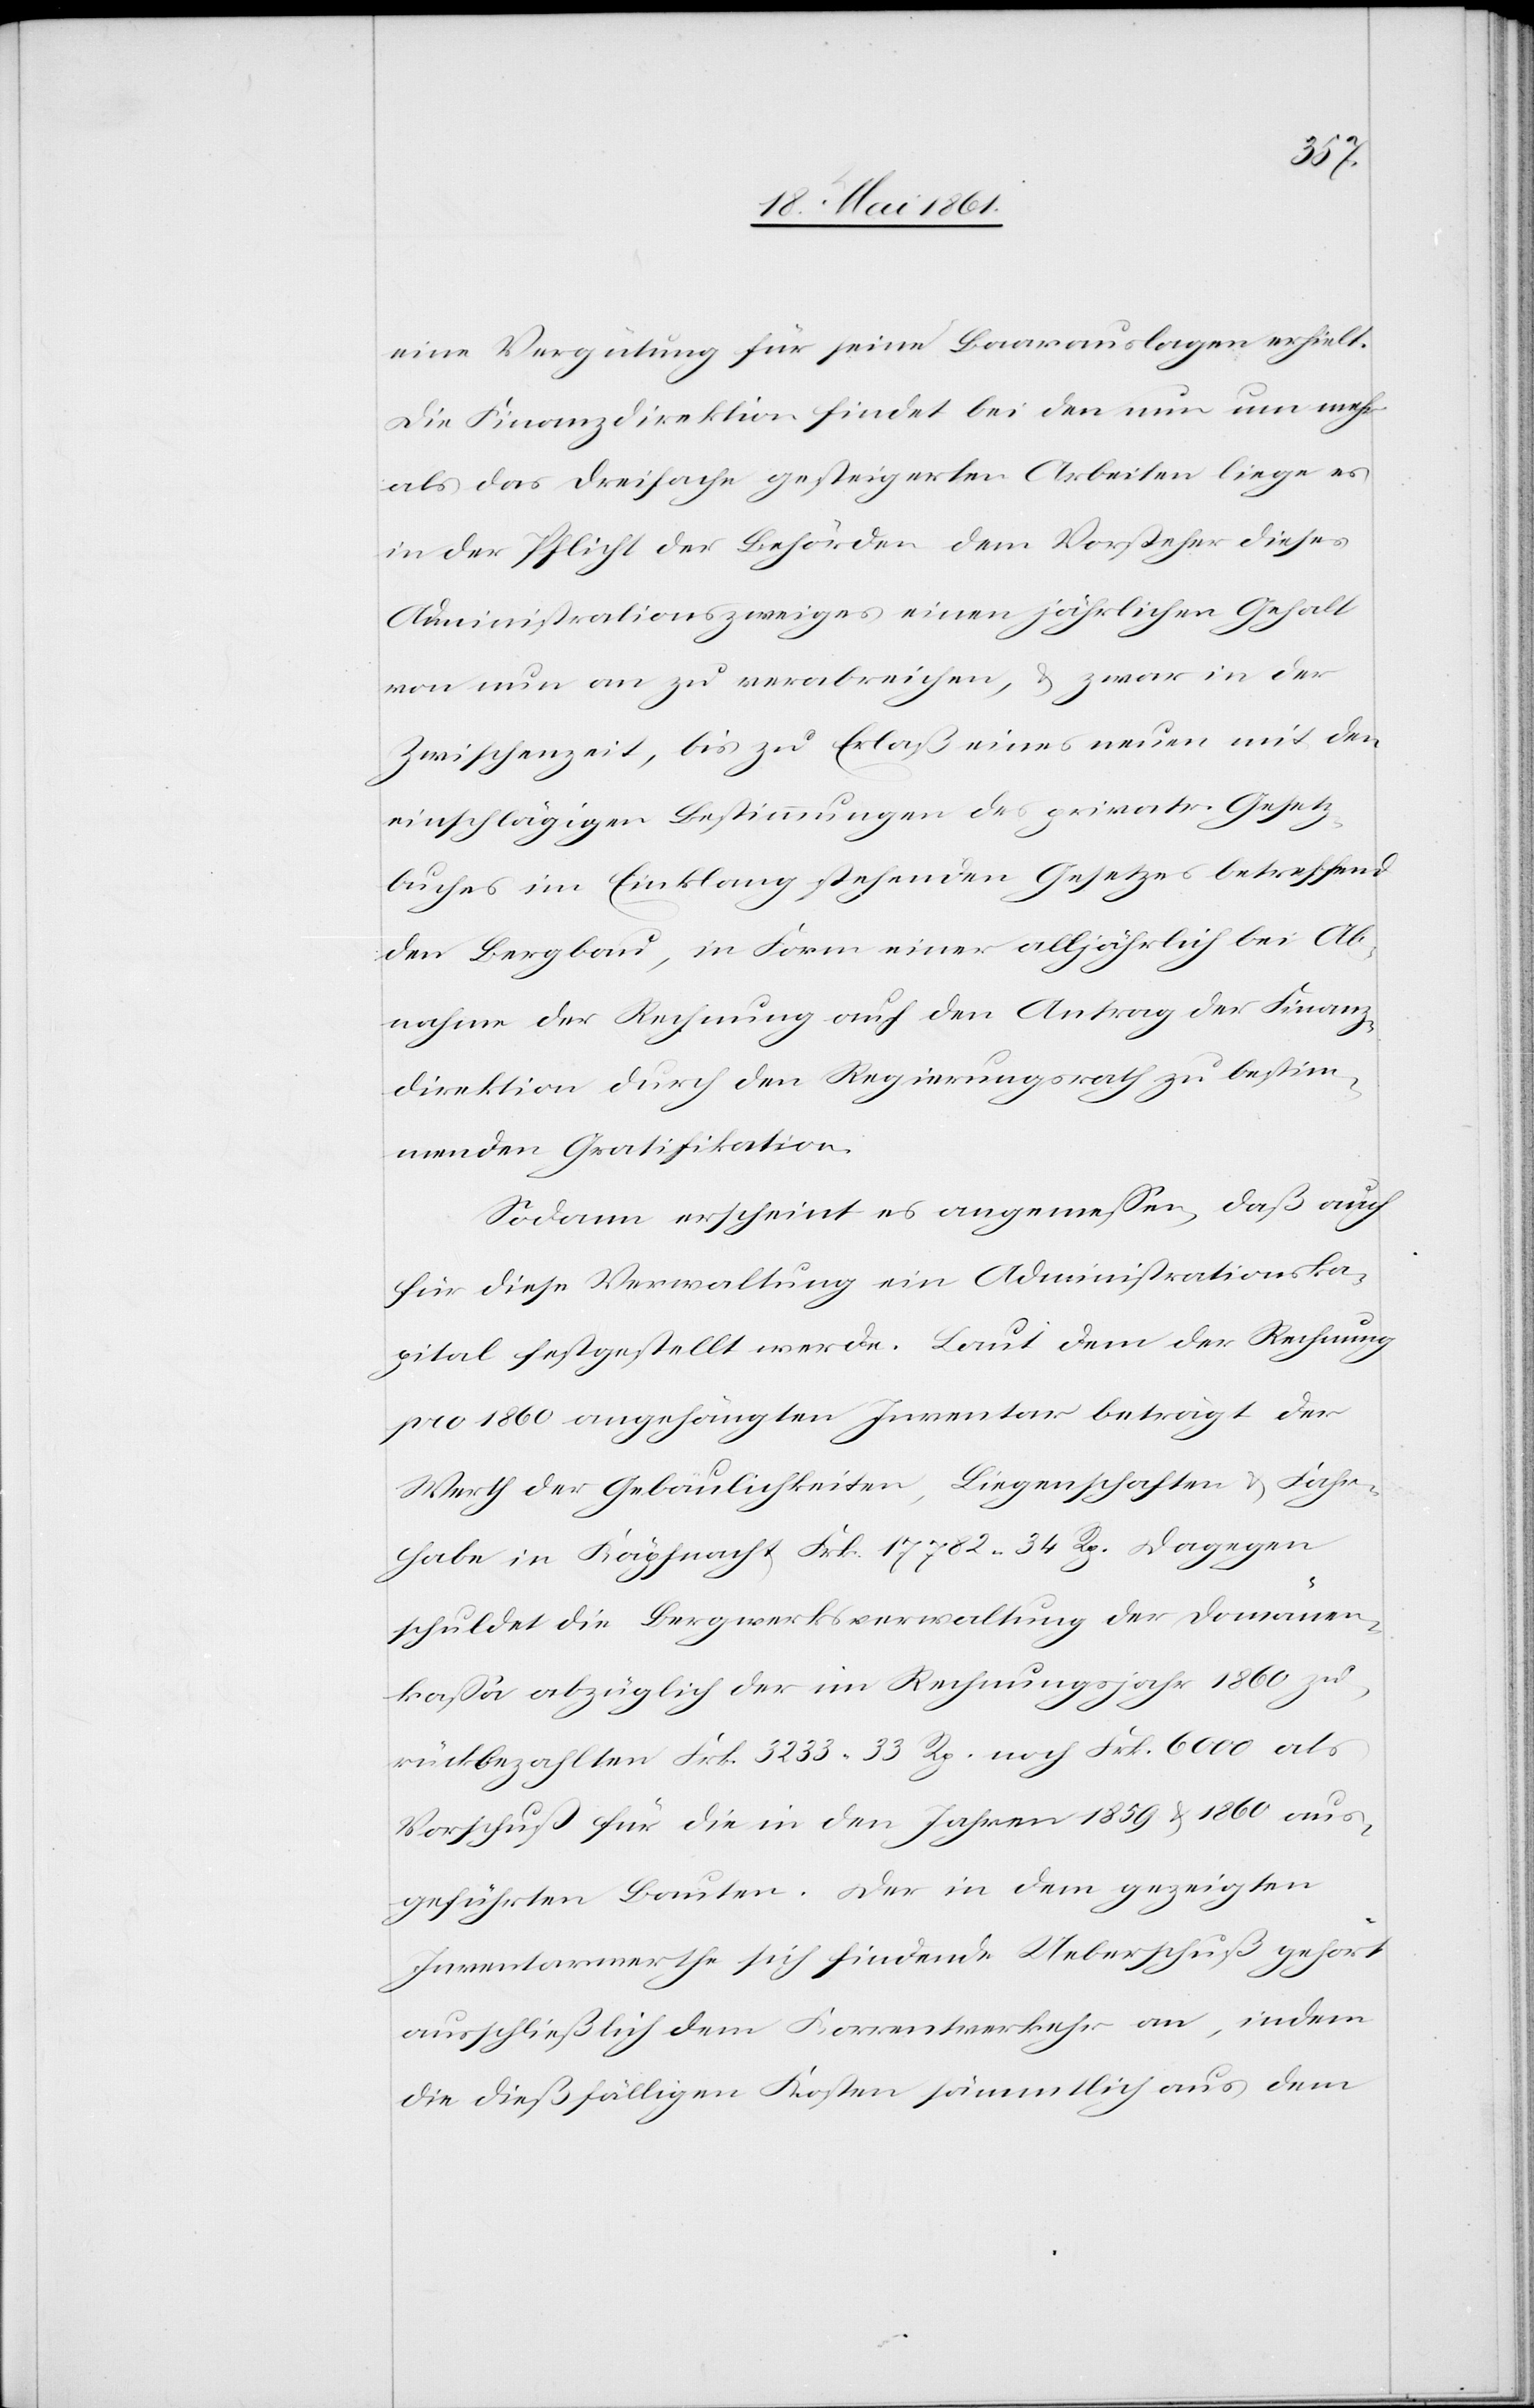
eine Vergütung für seine Baarauslagen erhielt.
Die Finanzdirektion findet bei den nun um mehr
als das dreifache gesteigerten Arbeiten liege es
in der Pflicht der Behörden dem Vorsteher dieses
Administrationszweiges einen jährlichen Gehalt
von nun an zu verabreichen, u. zwar in der
Zwischenzeit, bis zu Erlaß eines neuen mit den
einschlägigen Bestimmungen des privatr. Gesetz¬
buches im Einklang stehenden Gesetzes betreffend
den Bergbau, in Form einer alljährlich bei Ab¬
nahme der Rechnung auf den Antrag der Finanz¬
direktion durch den Regierungsrath zu bestim¬
menden Gratifikation.
Sodann erscheint es angemessen, daß auch
für diese Verwaltung ein Administrationska¬
pital festgestellt werde. Laut dem der Rechnung
pro 1860 angehängten Inventar beträgt der
Werth der Gebäulichkeiten, Liegenschaften u. Fahr¬
habe in Käpfnach Frk. 17 782 34 Rp. Dagegen
schuldet die Bergwerksverwaltung der Domänen¬
kassa abzüglich der im Rechnungsjahr 1860 zu¬
rückbezahlten Frk. 3233 33 Rp. noch Frk. 6000 als
Vorschuß für die in den Jahren 1859 u. 1860 aus¬
geführten Bauten. Der in dem gezeigten
Inventarwerthe sich findende Ueberschuß gehört
ausschließlich dem Korrentverkehr an, indem
die dießfälligen Kosten sämmtlich aus dem